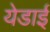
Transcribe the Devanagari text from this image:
येडाई